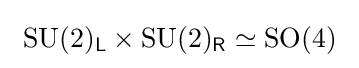
\ {\text{SU}}(2)_{\mathsf {L}}\times {\text{SU}}(2)_{\mathsf {R}}\simeq {\text{SO}}(4)\